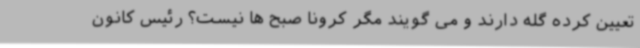
تعیین کرده گله دارند و می گویند مگر کرونا صبح ها نیست؟ رئیس کانون